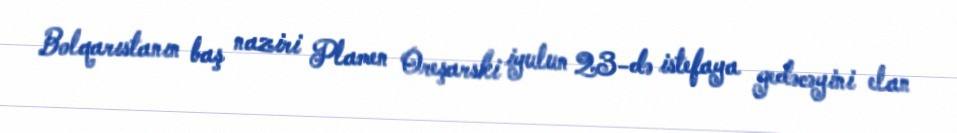
Bolqarıstanın baş naziri Plamen Oreşarski iyulun 23-də istefaya gedəcəyini elan